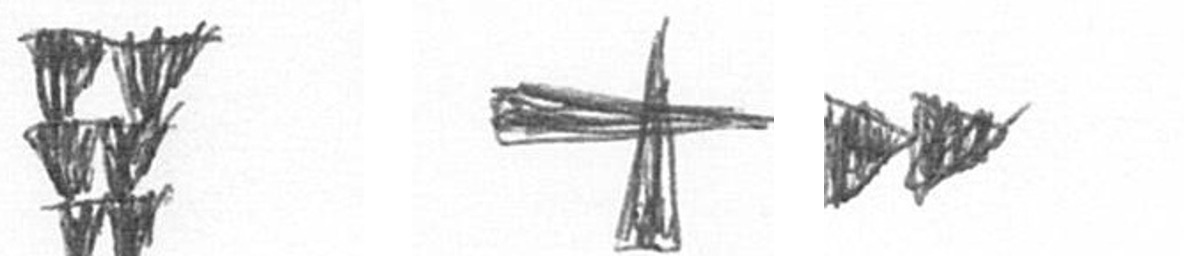
Y G A